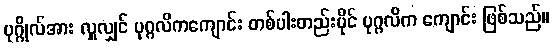
ပုဂ္ဂိုလ်အား လှူလျှင် ပုဂ္ဂလိကကျောင်း တစ်ပါးတည်းပိုင် ပုဂ္ဂလိက ကျောင်း ဖြစ်သည်။